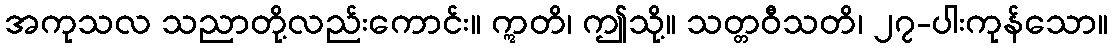
အကုသလ သညာတို့လည်းကောင်း။ ဣတိ၊ ဤသို့။ သတ္တဝီသတိ၊ ၂၇-ပါးကုန်သော။